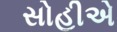
સોહીએ